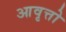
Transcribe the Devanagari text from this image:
आवृत्तो